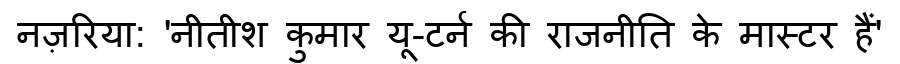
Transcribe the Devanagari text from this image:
नज़रिया: 'नीतीश कुमार यू-टर्न की राजनीति के मास्टर हैं'